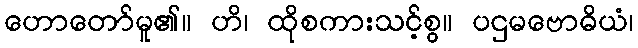
ဟောတော်မူ၏။ ဟိ၊ ထိုစကားသင့်စွ။ ပဌမဗောဓိယံ၊